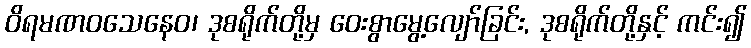
ဝိရမဏဝသေနေဝ၊ ဒုစရိုက်တို့မှ ဝေးစွာမွေ့လျော်ခြင်း, ဒုစရိုက်တို့နှင့် ကင်း၍